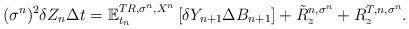
LaTeX: \begin{align*}(\sigma^{n})^{2}\delta Z_{n}\Delta t=\mathbb{E}_{t_{n}}^{TR,\sigma^{n},X^{n}}\left[ \delta Y_{n+1}\Delta B_{n+1}\right] +\tilde{R}_{z}^{n,\sigma^{n}}+R_{z}^{T,n,\sigma^{n}}. \end{align*}